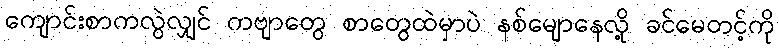
ကျောင်းစာကလွဲလျှင် ကဗျာတွေ စာတွေထဲမှာပဲ နစ်မျောနေလို့ ခင်မေတင့်ကို